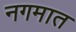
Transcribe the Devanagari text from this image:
नगमात